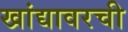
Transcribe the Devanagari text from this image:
खांद्यावरची